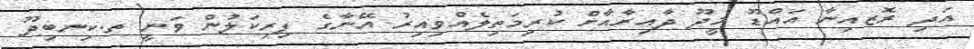
އަދި ރޮޒއިނާ އައްޑޫ މީދޫ ދާއިރާއާށް ކުރިމަތިލެއްވިއިރު އޭނާގެ ފިރިކަލުން ވަނީ ތ.ކިނބިދޫ